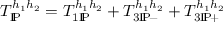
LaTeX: T _ { \mathrm { I } \! \mathrm { P } } ^ { h _ { 1 } h _ { 2 } } = T _ { 1 \mathrm { I } \! \mathrm { P } } ^ { h _ { 1 } h _ { 2 } } + T _ { 3 \mathrm { I } \! \mathrm { P } \! - } ^ { h _ { 1 } h _ { 2 } } + T _ { 3 \mathrm { I } \! \mathrm { P } \! + } ^ { h _ { 1 } h _ { 2 } }